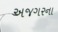
અજગરના